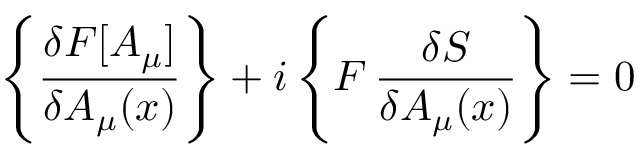
\left\{ { \frac { \delta F [ A _ { \mu } ] } { \delta A _ { \mu } ( x ) } } \right\} + i \left\{ F \, { \frac { \delta S } { \delta A _ { \mu } ( x ) } } \right\} = 0